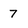
Character: 7